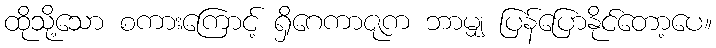
ထိုသို့သော စကားကြောင့် ရှိဂေကာဇုက ဘာမျှ ပြန်ပြောနိုင်တော့ပေ။